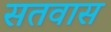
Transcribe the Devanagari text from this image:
सतवास